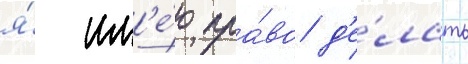
я́ им'е́ю пра́во д'е́лать